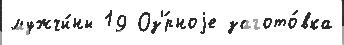
мужчи́ны 19 Оз'́рноjе загото́вка